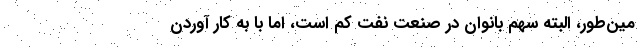
مین‌طور، البته سهم بانوان در صنعت نفت کم است، اما با به کار آوردن